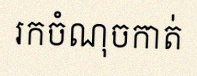
រកចំណុចកាត់